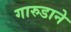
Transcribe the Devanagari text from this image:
गारुडाने